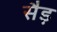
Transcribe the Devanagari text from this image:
सैड़